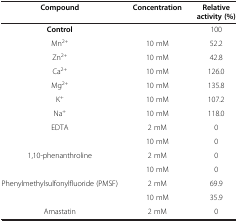
<table><thead><tr><td><b>Compound</b></td><td><b>Concentration</b></td><td><b>Relative activity (%)</b></td></tr></thead><tbody><tr><td><b>Control</b></td><td> </td><td>100</td></tr><tr><td>Mn<sup>2+</sup></td><td>10 mM</td><td>52.2</td></tr><tr><td>Zn<sup>2+</sup></td><td>10 mM</td><td>42.8</td></tr><tr><td>Ca<sup>2+</sup></td><td>10 mM</td><td>126.0</td></tr><tr><td>Mg<sup>2+</sup></td><td>10 mM</td><td>135.8</td></tr><tr><td>K<sup>+</sup></td><td>10 mM</td><td>107.2</td></tr><tr><td>Na<sup>+</sup></td><td>10 mM</td><td>118.0</td></tr><tr><td>EDTA</td><td>2 mM</td><td>0</td></tr><tr><td> </td><td>10 mM</td><td>0</td></tr><tr><td>1,10-phenanthroline</td><td>2 mM</td><td>0</td></tr><tr><td> </td><td>10 mM</td><td>0</td></tr><tr><td>Phenylmethylsulfonylfluoride (PMSF)</td><td>2 mM</td><td>69.9</td></tr><tr><td> </td><td>10 mM</td><td>35.9</td></tr><tr><td>Amastatin</td><td>2 mM</td><td>0</td></tr></tbody></table>